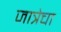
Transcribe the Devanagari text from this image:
जात्रेचा